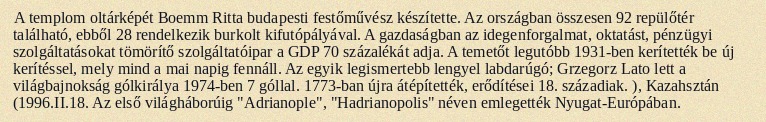
A templom oltárképét Boemm Ritta budapesti festőművész készítette. Az országban összesen 92 repülőtér található, ebből 28 rendelkezik burkolt kifutópályával. A gazdaságban az idegenforgalmat, oktatást, pénzügyi szolgáltatásokat tömörítő szolgáltatóipar a GDP 70 százalékát adja. A temetőt legutóbb 1931-ben kerítették be új kerítéssel, mely mind a mai napig fennáll. Az egyik legismertebb lengyel labdarúgó; Grzegorz Lato lett a világbajnokság gólkirálya 1974-ben 7 góllal. 1773-ban újra átépítették, erődítései 18. századiak. ), Kazahsztán (1996.II.18. Az első világháborúig "Adrianople", "Hadrianopolis" néven emlegették Nyugat-Európában.